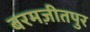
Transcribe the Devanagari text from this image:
बरमज़ीतपुर